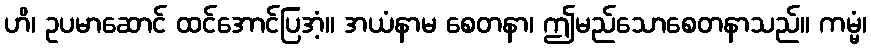
ဟိ၊ ဥပမာဆောင် ထင်အောင်ပြအံ့။ အယံနာမ စေတနာ၊ ဤမည်သောစေတနာသည်။ ကမ္မံ၊